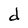
Character: d